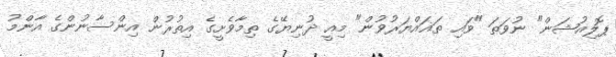
ޕޮލިއުޝަން" ނުވަތަ "ވައި ތަޣައްޔަރުވުން" މިއީ ދުނިޔޭގެ ތިމާވެށީގެ އިތުރުން އިންސާނުންގެ އާންމު